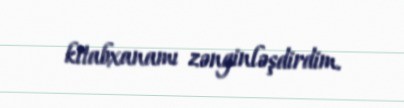
kitabxanamı zənginləşdirdim.